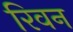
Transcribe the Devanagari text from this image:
रिवन